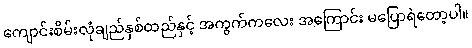
ကျောင်းစိမ်းလုံချည်နှစ်ထည်နှင့် အကွက်ကလေး အကြောင်း မပြောရဲတော့ပါ။